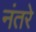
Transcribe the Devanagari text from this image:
नंतरे